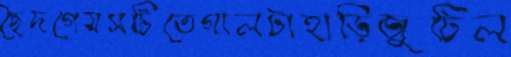
ছৈদগেমসটিতেগালটাহাড়িজুটিল